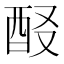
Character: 𨠈